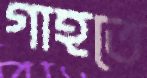
গাহতে